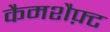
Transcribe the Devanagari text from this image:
कैमशैफ़्ट